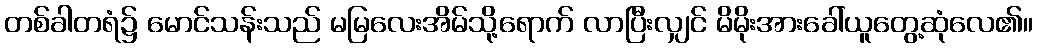
တစ်ခါတရံ၌ မောင်သန်းသည် မမြလေးအိမ်သို့ရောက် လာပြီးလျှင် မိမိုးအားခေါ်ယူတွေ့ဆုံလေ၏။